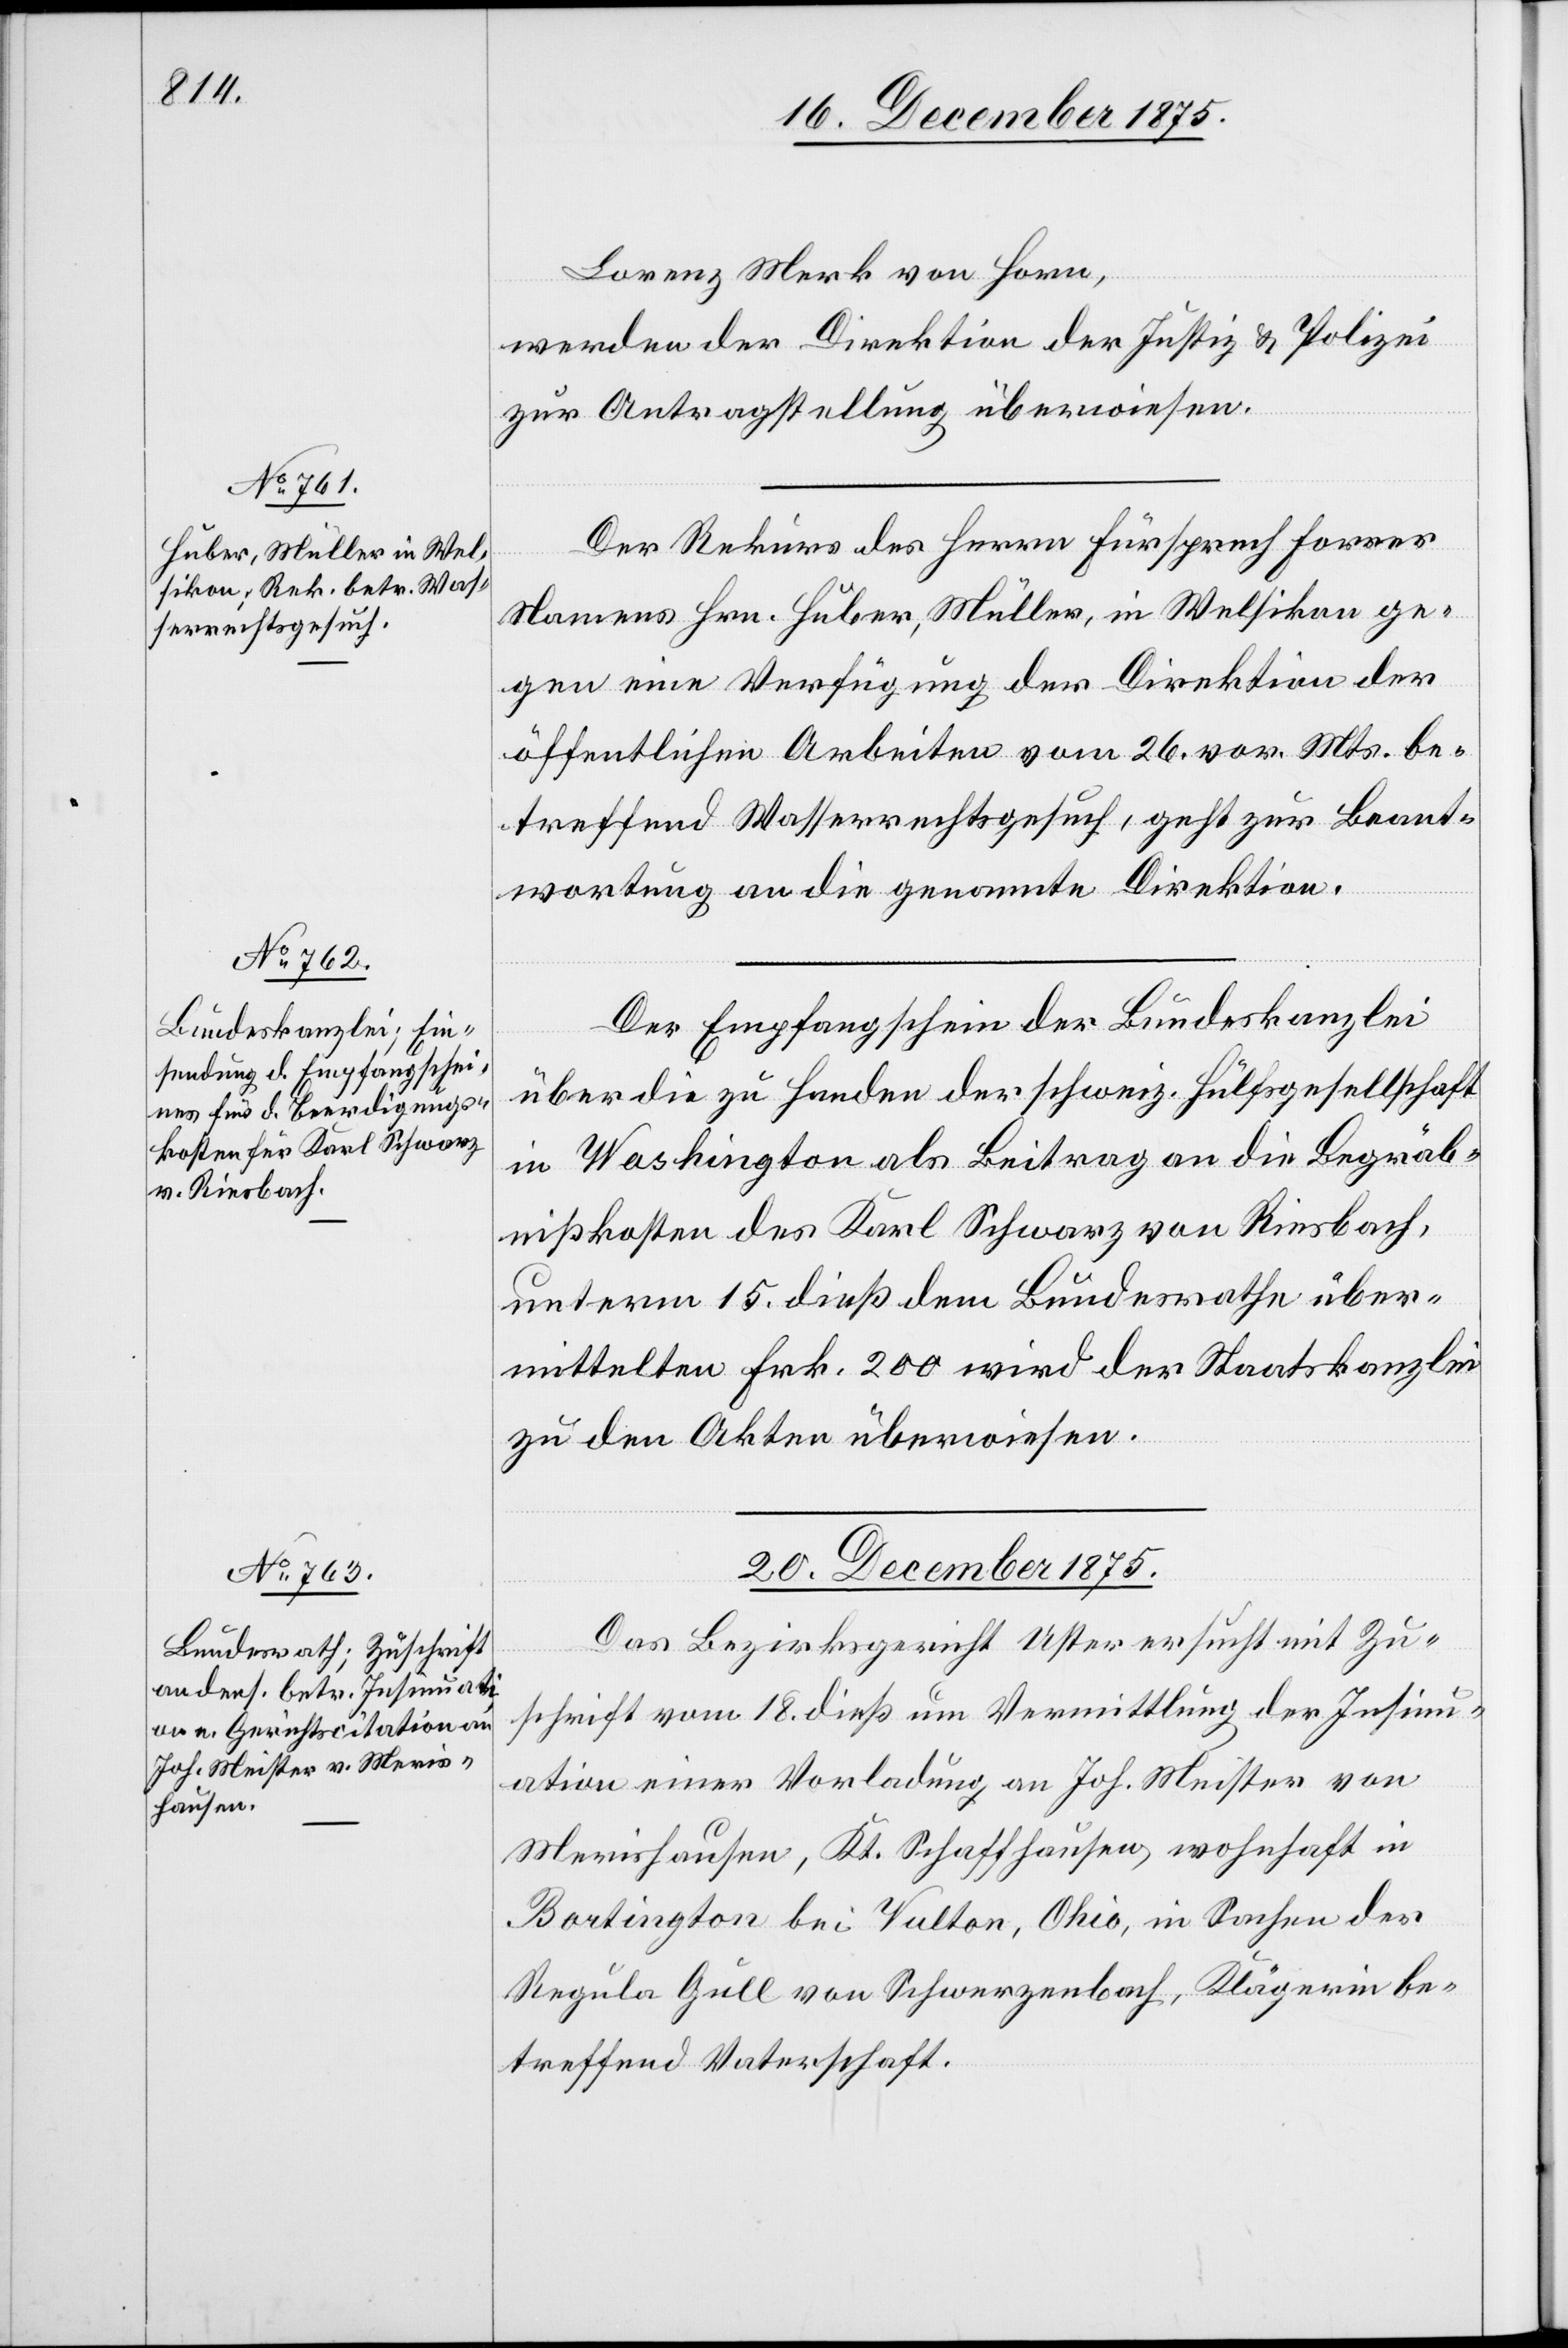
20. December 1875.
Lorenz Merk von Horn,
werden der Direktion der Justiz & Polizei
zur Antragstellung überwiesen.
Der Rekurs des Herrn Fürsprech Forrer
erfügungen.
Namens Hrn. Huber, Müller, in Welsikon ge¬
gen eine Verfügung der Direktion der
öffentlichen Arbeiten vom 26. vor. Mts. be¬
treffend Wasserrechtsgesuch, geht zur Beant¬
wortung an die genannte Direktion.
Der Empfangsschein der Bundeskanzlei
über die zu Handen der schweiz. Hülfsgesellschaft
in Washington als Beitrag an die Begräb¬
nißkosten des Karl Schwarz von Riesbach,
unterm 15. dieß dem Bundesrathe über¬
mittelten Frk. 200 wird der Staatskanzlei
zu den Akten überwiesen.
Das Bezirksgericht Uster ersucht mit Zu¬
schrift vom 18. dieß um Vermittlung der Insinu¬
ation einer Vorladung an Joh. Meister von
Merishausen, Kt. Schaffhausen, wohnhaft in
Bortington bei Vulton, Ohio, in Sachen der
Regula Gull von Schwerzenbach, Klägerin be¬
treffend Vaterschaft.